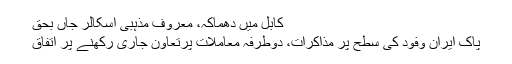
کابل میں دھماکہ، معروف مذہبی اسکالر جاں بحق
پاک ایران وفود کی سطح پر مذاکرات، دوطرفہ معاملات پرتعاون جاری رکھنے پر اتفاق